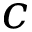
c